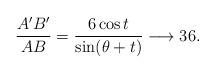
LaTeX: \begin{align*}\frac{A'B'}{AB}=\frac{6 \cos t}{\sin(\theta+t)} \longrightarrow 36.\end{align*}